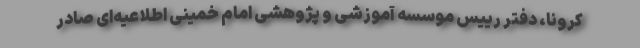
کرونا، دفتر رییس موسسه آموزشی و پژوهشی امام خمینی اطلاعیه‌ای صادر